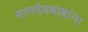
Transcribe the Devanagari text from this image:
नामदेवबाबांना